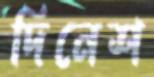
দিনেশ